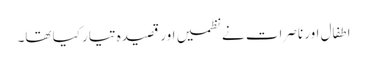
اطفال اور ناصرات نے نظمیں اور قصیدہ تیار کیا تھا۔